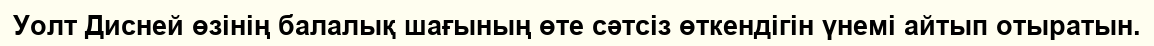
Уолт Дисней өзінің балалық шағының өте сәтсіз өткендігін үнемі айтып отыратын.